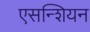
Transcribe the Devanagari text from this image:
एसन्शियन